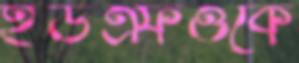
ইউএফওকে